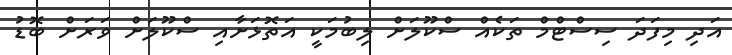
އަދި މިފަދަ ސިސްޓްމް ތަކެއް ސްކޫލަށް ލިބުމަކީ އަތޮޅަށާއި ސްކޫލަށް ވަރަށް ބޮޑު